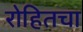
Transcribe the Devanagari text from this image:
रोहितचा